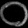
Digit: ၀